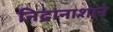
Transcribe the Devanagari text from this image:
निद्रानाशाने